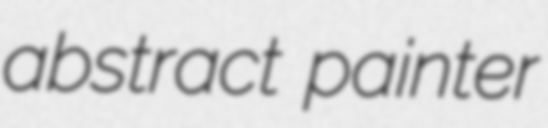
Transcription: abstract painter